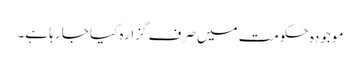
موجودہ حکومت میں صرف گزارہ کیا جا رہا ہے۔